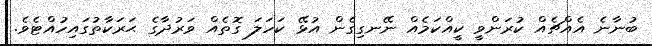
ބުނާނެ އެއްޗެއް ކުރަންވީ ކީއްކަމެއް ނޭނގިގެން އުޅޭ ކަހަލަ ގޮތެއް ވަރުދާގެ ޙަރަކާތުގައިހުއްޓެވެ.